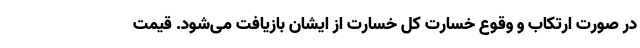
در صورت ارتکاب و وقوع خسارت کل خسارت از ایشان بازیافت می‌شود. قیمت